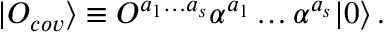
| { \cal O } _ { c o v } \rangle \equiv { \cal O } ^ { a _ { 1 } \ldots a _ { s } } \alpha ^ { a _ { 1 } } \ldots \alpha ^ { a _ { s } } | 0 \rangle \, .